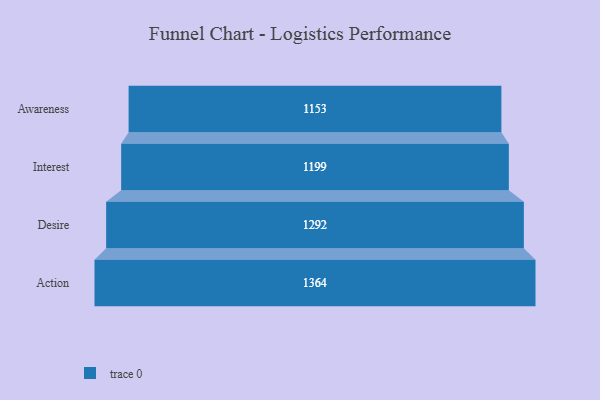
{"axis": {"x": "Stage", "y": "Value"}, "legend": [""], "data": [{"x": "Awareness", "y": 1153.0, "type": ""}, {"x": "Interest", "y": 1199.0, "type": ""}, {"x": "Desire", "y": 1292.0, "type": ""}, {"x": "Action", "y": 1364.0, "type": ""}]}